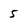
Character: 5